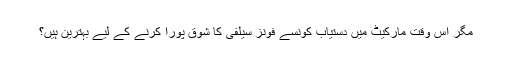
مگر اس وقت مارکیٹ میں دستیاب کونسے فونز سیلفی کا شوق پورا کرنے کے لیے بہترین ہیں؟